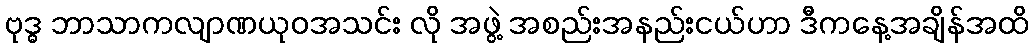
ဗုဒ္ဓ ဘာသာကလျာဏယုဝအသင်း လို အဖွဲ့ အစည်းအနည်းငယ်ဟာ ဒီကနေ့အချိန်အထိ